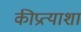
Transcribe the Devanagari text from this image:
कीप्रत्याशा